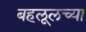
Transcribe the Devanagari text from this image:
बहलूलच्या